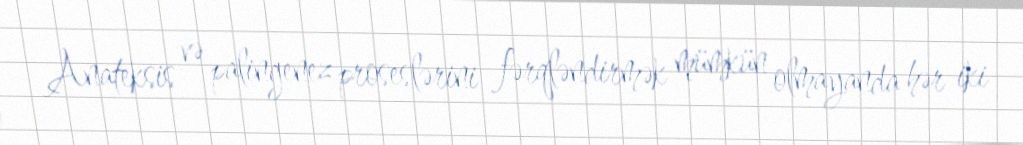
Anateksis və palingenez proseslərini fərqləndirmək mümkün olmayanda hər iki